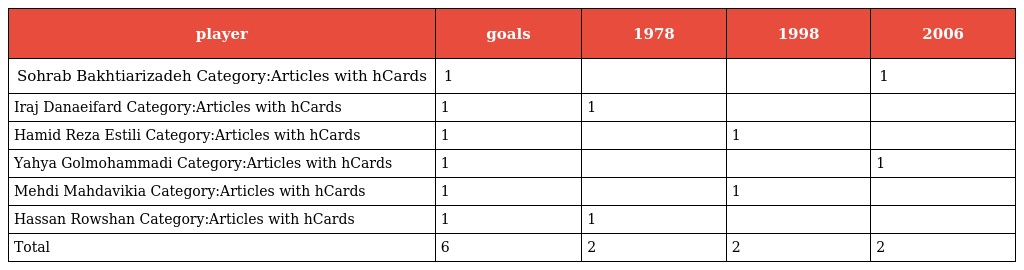
| player | goals | 1978 | 1998 | 2006 |
 | --- | --- | --- | --- | --- |
 | Sohrab Bakhtiarizadeh Category:Articles with hCards | 1 |  |  | 1 |
 | Iraj Danaeifard Category:Articles with hCards | 1 | 1 |  |  |
 | Hamid Reza Estili Category:Articles with hCards | 1 |  | 1 |  |
 | Yahya Golmohammadi Category:Articles with hCards | 1 |  |  | 1 |
 | Mehdi Mahdavikia Category:Articles with hCards | 1 |  | 1 |  |
 | Hassan Rowshan Category:Articles with hCards | 1 | 1 |  |  |
 | Total | 6 | 2 | 2 | 2 |